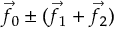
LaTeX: { \vec { f } } _ { 0 } \pm ( { \vec { f } } _ { 1 } + { \vec { f } } _ { 2 } )